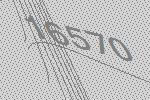
16570